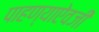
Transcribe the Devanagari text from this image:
पाहण्याऐवजी